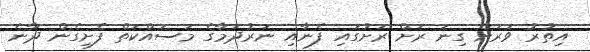
އިތުރު ވަރަށް ގިނަ ރަށް ރަށުގައި ފެނާއި ނަރުދަމާގެ މަސައްކަތް ފެށިގެން ދާނެ